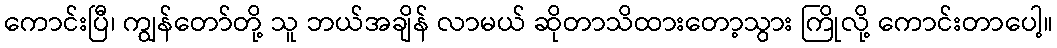
ကောင်းပြီ၊ ကျွန်တော်တို့ သူ ဘယ်အချိန် လာမယ် ဆိုတာသိထားတော့သွား ကြိုလို့ ကောင်းတာပေါ့။